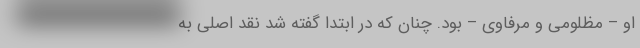
او – مظلومی و مرفاوی – بود. چنان که در ابتدا گفته شد نقد اصلی به